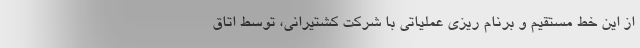
از این خط مستقیم و برنام ریزی عملیاتی با شرکت کشتیرانی، توسط اتاق